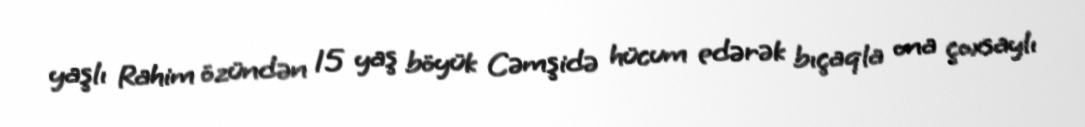
yaşlı Rahim özündən 15 yaş böyük Cəmşidə hücum edərək bıçaqla ona çoxsaylı